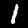
Digit: 1